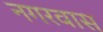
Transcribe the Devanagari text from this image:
नगरवास